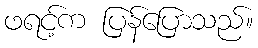
ဖရင့်က ပြန်ပြောသည်။